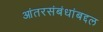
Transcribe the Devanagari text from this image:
आंतरसंबंधांबद्दल